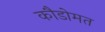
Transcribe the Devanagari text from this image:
कौडोमत